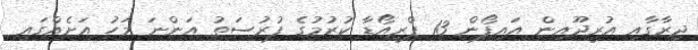
ދިރާގާއި އުރީދޫއިން އައިފޯން 13 ޕްރީއޯޑާ ކުރުމުގެ ފުރުސަތު އަންނަ މަހު އަށެއްގައި